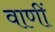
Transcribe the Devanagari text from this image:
वाणीं